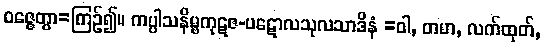
ဝဇ္ဇေတွာ=ကြဉ်၍။ ကပ္ပါသနိမ္ဗကုဋဇ-ပဋောလသုလသာဒိနံ =ဝါ, တမာ, လက်ထုတ်,